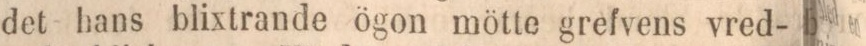
det hans blixtrande ögon mötte grefvens vred-